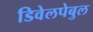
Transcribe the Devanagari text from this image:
डिवेलपेबुल